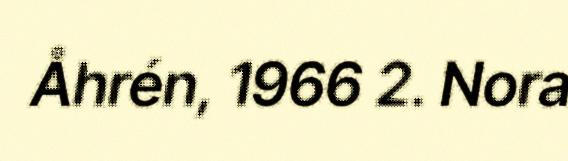
Åhrén, 1966 2. Nora